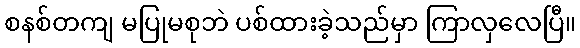
စနစ်တကျ မပြုမစုဘဲ ပစ်ထားခဲ့သည်မှာ ကြာလှလေပြီ။